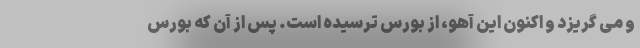
و می گریزد و اکنون این آهو‌، از بورس ترسیده است. پس از آن که بورس